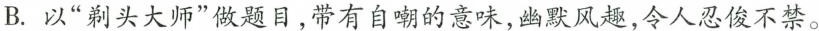
B.以”剃头大师”做题目，带有自嘲的意味，幽默风趣，令人忍俊不禁。